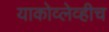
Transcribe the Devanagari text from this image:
याकोव्लेव्हीच